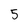
Character: 5